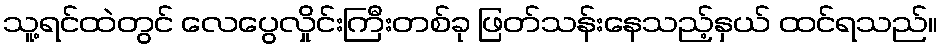
သူ့ရင်ထဲတွင် လေပွေလှိုင်းကြီးတစ်ခု ဖြတ်သန်းနေသည့်နှယ် ထင်ရသည်။